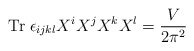
\begin{align*}{\rm Tr}\;\epsilon_{ijkl} X^i X^j X^k X^l = \frac{V}{2 \pi^2}\end{align*}